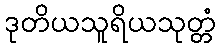
ဒုတိယသူရိယသုတ္တံ